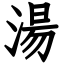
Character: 湯